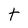
Character: t